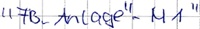
Text: "FB_Anlage"_M1"